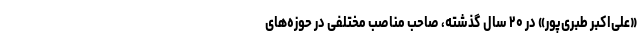
«علی‌اکبر طبری‌پور» در ۲۰ سال گذشته، صاحب مناصب مختلفی در حوزه‌های